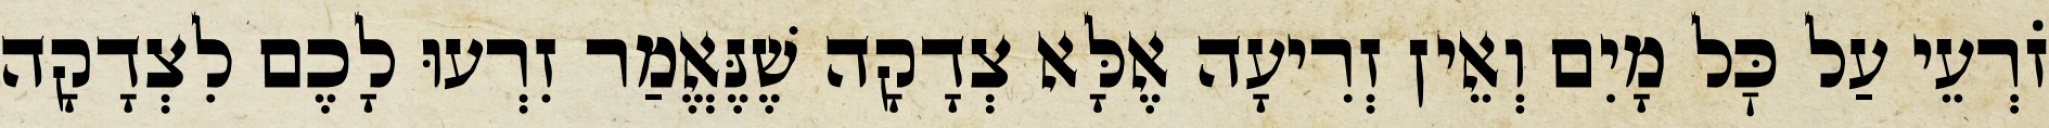
זֹרְעֵי עַל כׇּל מָיִם וְאֵין זְרִיעָה אֶלָּא צְדָקָה שֶׁנֶּאֱמַר זִרְעוּ לָכֶם לִצְדָקָה